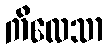
ကိလေသာ